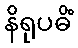
နိရုပဓိံ